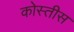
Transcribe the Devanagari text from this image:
कोस्तीस